Civil Veterinary Dept. Assam report 1911-1927 - 1911-1927
Year: 1911
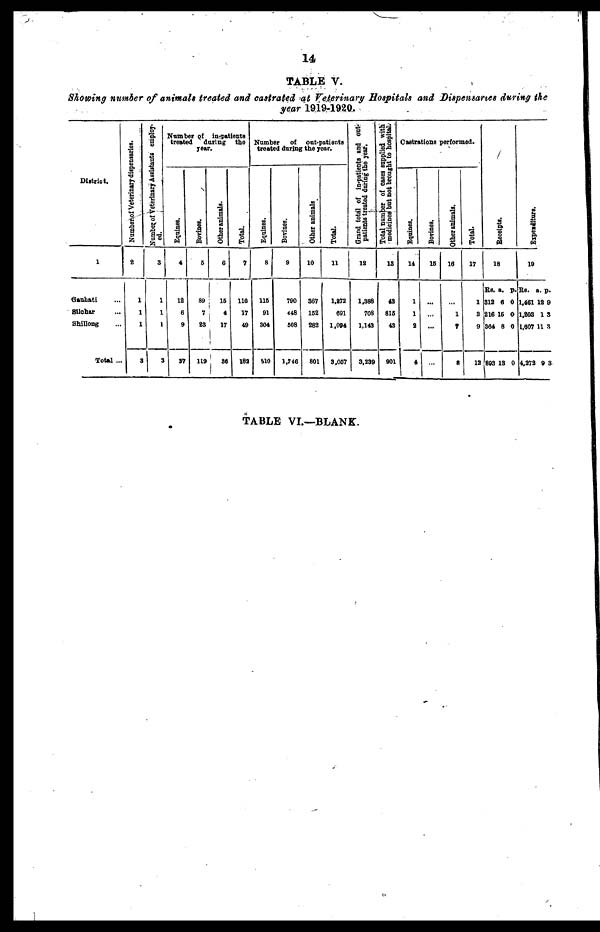
14
TABLE V.
Showing number of animals treated and castrated at Veterinary Hospitals and Dispensaries during the
year 1919-1920.
District.
1
Gauhati ...
Silchar ...
Shillong ...
Total ...
Number of Veterinary dispensaries.
2
1
1
1
3
Number of Veterinary Assistants employ-
ed.
3
1
1
1
3
Number of in patients
treated
during the
year.
Equines.
4
12
6
9
31
Bovines.
5
89
7
23
119
Other animals.
6
|
15
4
17
i
36
Total.
7
116
17
49
18a
Number
of oat-patients
treated daring the year.
Equines.
8
115
91
304
510
Bovines.
9
790
448
608
1,746
Other animals
10
367
152
282
801
Total.
11
1,272
691
1,094
3,057
Grand total of in-patients and out-
patients treated daring the year.
12
1,388
708
1,143
3,239
Total number
of cases supplied with
medicines but not brought to hospital.
13
43
815
43
901
Castrations performed.
Equines.
14
1
1
2
4
Bovines.
15
...
...
Other animals.
16
...
1
7
8
Total.
17
1
2
9
12
Receipts.
18
Rs.
312
216
364
893
a.
6
16
8
13
p.
0
0
0
0
Expenditure.
19
Rs.
1,461
1,203
1,607
4,272
a.
12
1
11
9
p.
9
3
3
3
TABLE VI.—BLANK.